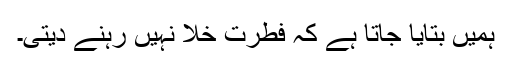
ہمیں بتایا جاتا ہے کہ فطرت خلا نہیں رہنے دیتی۔